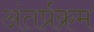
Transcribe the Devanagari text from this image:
अंतर्प्रक्रम